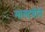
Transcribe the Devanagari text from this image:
माल्टबीने